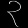
Digit: ၃